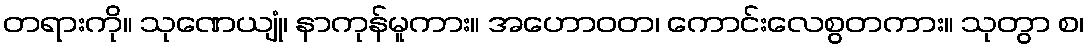
တရားကို။ သုဏေယျုံ၊ နာကုန်မူကား။ အဟောဝတ၊ ကောင်းလေစွတကား။ သုတွာ စ၊